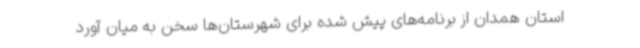
استان همدان از برنامه‌های پیش شده برای شهرستان‌ها سخن به میان آورد